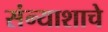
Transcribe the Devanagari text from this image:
संन्याशाचे